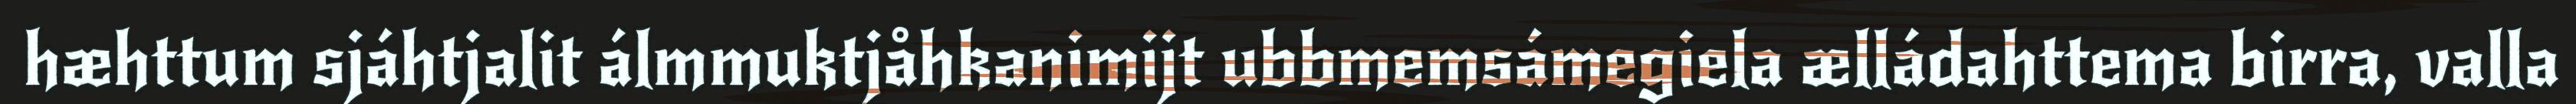
hæhttum sjáhtjalit álmmuktjåhkanimijt ubbmemsámegiela ælládahttema birra, valla